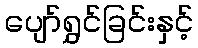
ပျော်ရွှင်ခြင်းနှင့်